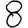
Digit: 8